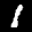
Label: 1